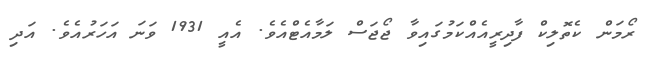
ރޯމަން ކެތޮލިކް ފާދިރީއެއްކަމުގައިވާ ޖޯޖަސް ލަމާއެޓްއެވެ. އެއީ 1931 ވަނަ އަހަރުއެވެ. އަދި